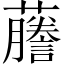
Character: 𬟙